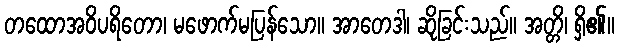
တထောအဝိပရိတော၊ မဖောက်မပြန်သော။ အာတေဒါ၊ ဆိုခြင်းသည်။ အတ္တိ၊ ရှိ၏။